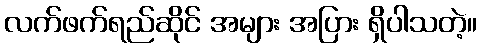
လက်ဖက်ရည်ဆိုင် အများ အပြား ရှိပါသတဲ့။